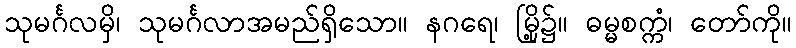
သုမင်္ဂလမှိ၊ သုမင်္ဂလာအမည်ရှိသော။ နဂရေ၊ မြို့၌။ ဓမ္မစက္ကံ၊ တော်ကို။